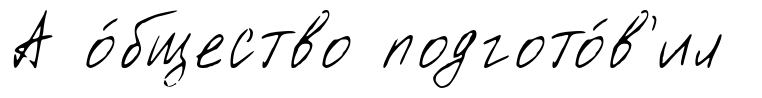
А о́бщество подгото́в'ил